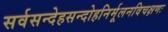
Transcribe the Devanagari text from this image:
सर्वसन्देहसन्दोहनिर्मूलनविचक्षणः